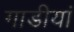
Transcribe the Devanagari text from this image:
गाडीयां